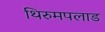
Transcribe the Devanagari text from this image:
थिरुमपलाड